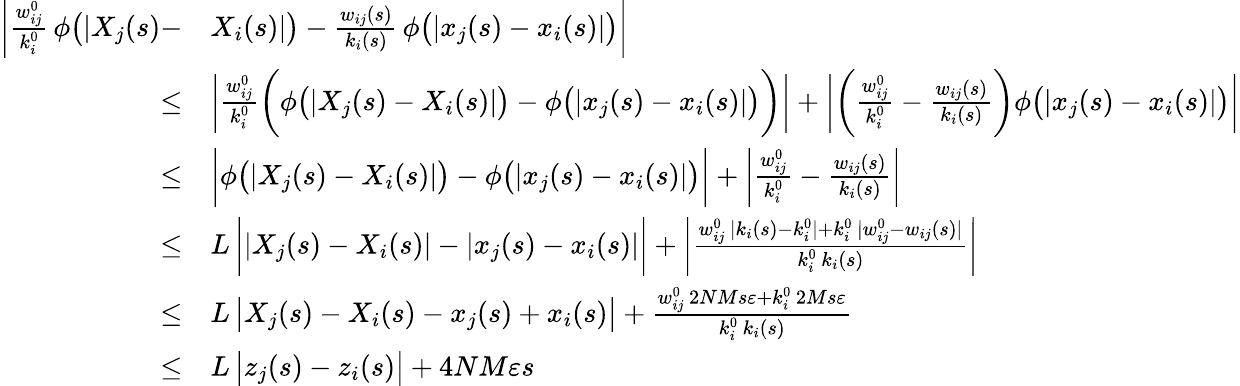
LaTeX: \begin{array}{rl}{\bigg|\frac{w_{ij}^{0}}{k_{i}^{0}}\, \phi\big(|X_{j}(s)-}&{X_{i}(s)|\big)-\frac{w_{ij}(s)}{k_{i}(s)}\, \phi\big(|x_{j}(s)-x_{i}(s)|\big)\bigg|}\\ {\leq}&{\bigg|\frac{w_{ij}^{0}}{k_{i}^{0}}\bigg(\phi\big(|X_{j}(s)-X_{i}(s)|\big)-\phi\big(|x_{j}(s)-x_{i}(s)|\big)\bigg)\bigg|+\bigg|\bigg(\frac{w_{ij}^{0}}{k_{i}^{0}}-\frac{w_{ij}(s)}{k_{i}(s)}\bigg)\phi\big(|x_{j}(s)-x_{i}(s)|\big)\bigg|}\\ {\leq}&{\bigg|\phi\big(|X_{j}(s)-X_{i}(s)|\big)-\phi\big(|x_{j}(s)-x_{i}(s)|\big)\bigg|+\bigg|\frac{w_{ij}^{0}}{k_{i}^{0}}-\frac{w_{ij}(s)}{k_{i}(s)}\bigg|}\\ {\leq}&{L\, \bigg||X_{j}(s)-X_{i}(s)|-|x_{j}(s)-x_{i}(s)|\bigg|+\bigg|\frac{w_{ij}^{0}\, |k_{i}(s)-k_{i}^{0}|+k_{i}^{0}\, |w_{ij}^{0}-w_{ij}(s)|}{k_{i}^{0}\, k_{i}(s)}\bigg|}\\ {\leq}&{L\, \big|X_{j}(s)-X_{i}(s)-x_{j}(s)+x_{i}(s)\big|+\frac{w_{ij}^{0}\, 2NMs\varepsilon+k_{i}^{0}\, 2Ms\varepsilon}{k_{i}^{0}\, k_{i}(s)}}\\ {\leq}&{L\, \big|z_{j}(s)-z_{i}(s)\big|+4NM\varepsilon s}\end{array}